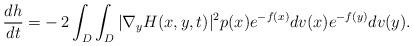
LaTeX: \begin{align*} \frac{dh}{dt}= & -2\int_D\int_D|\nabla_yH(x,y,t)|^2p(x)e^{-f(x)}dv(x)e^{-f(y)}dv(y).\end{align*}